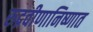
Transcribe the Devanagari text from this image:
रुद्रवीणानिष्णात